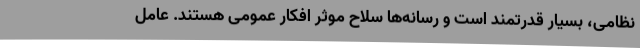
نظامی، بسیار قدرتمند است و رسانه‌ها سلاح موثر افکار عمومی هستند. عامل